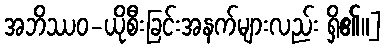
အဘိဿဝ-ယိုစီးခြင်းအနက်များလည်း ရှိ၏။]